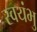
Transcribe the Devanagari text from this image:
स्‍वयंभु